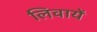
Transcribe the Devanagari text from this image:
लिवायें